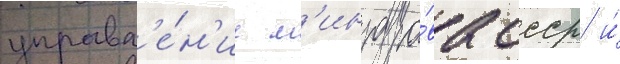
управл'е́н'ие м'инздра́ва ссср и́